Annual administration report of the Civil Veterinary Department of India - 1894-1895
Year: 1894
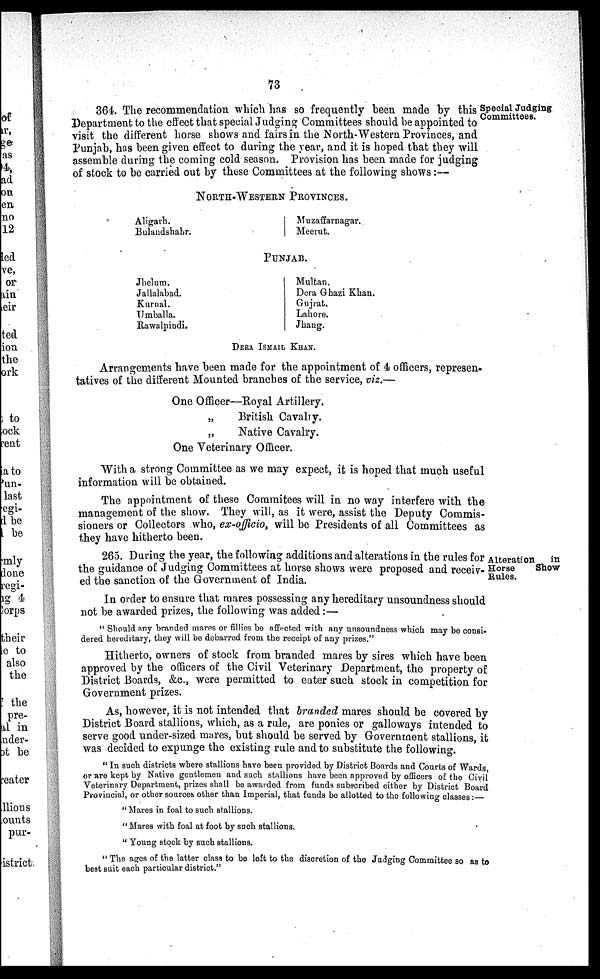
73
Special Judging
Committees.
364. The recommendation which has so frequently been made by this
Department to the effect that special Judging Committees should be appointed to
visit the different horse shows and fairs in the North-Western Provinces, and
Punjab, has been given effect to during the year, and it is hoped that they will
assemble during the coming cold season. Provision has been made for judging
of stock to be carried out by these Committees at the following shows:—
NORTH-WESTERN
PROVINCES
Aligarh.
Bulandshahr.
Muzaffarnagar.
Meerut.
PUNJAB.
Jhelum.
Jallalabad.
Kurnal.
Umballa.
Rawalpindi.
Multan.
Dera Ghazi Khan.
Gujrat.
Lahore.
Jhang.
DERA ISMAIL KHAN.
Arrangements have been made for the appointment of 4 officers, represen-
tatives of the different Mounted branches of the service, viz.—
One Officer—Royal Artillery.
„
British Cavalry.
„
Native Cavalry.
One Veterinary Officer.
With a strong Committee as we may expect, it is hoped that much useful
information will be obtained.
The appointment of these Commitees will in no way interfere with the
management of the show. They will, as it were, assist the Deputy Commis-
sioners or Collectors who, ex-officio, will be Presidents of all Committees as
they have hitherto been.
Alteration
in
Horse
Show
Rules.
265. During the year, the following additions and alterations in the rules for
the guidance of Judging Committees at horse shows were proposed and receiv-
ed the sanction of the Government of India.
In order to ensure that mares possessing any hereditary unsoundness should
not be awarded prizes, the following was added:—
" Should any branded mares or fillies be affected with any unsoundness which may be consi-
dered hereditary, they will be debarred from, the receipt of any prizes."
Hitherto, owners of stock from branded mares by sires which have been
approved by the officers of the Civil Veterinary Department, the property of
District Boards, &c., were permitted to enter such stock in competition for
Government prizes.
As, however, it is not intended that branded mares should be covered by
District Board stallions, which, as a rule, are ponies or galloways intended to
serve good under-sized mares, but should be served by Government stallions, it
was decided to expunge the existing rule and to substitute the following.
" In such districts where stallions have been provided by District Boards and Courts of Wards,
or are kept by Native gentlemen and such stallions have been approved by officers of the Civil
Veterinary Department, prizes shall be awarded from funds subscribed either by District Board
Provincial, or other sources other than Imperial, that funds be allotted to the following classes:
"Mares in foal to such stallions.
"Mares with foal at foot by such stallions.
"Young stock by such stallions.
"The ages of the latter class to be left to the discretion of the Judging Committee so as to
best suit each particular district."